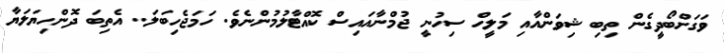
ވަގަށްބޯދީގެން ތިބި ޝިވަންއާއި މަލީހް ސިހުނީ ޖުމްނާއައިސް ކޮއްޓާލުމުންނެވެ. ހަމަޖެހިބަލަ.. އެތިބަ ދޮންހިޔަލަޔާ